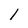
Character: 1